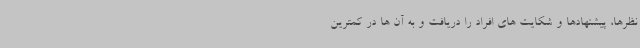
نظرها، پیشنهادها و شکایت های افراد را دریافت و به آن ها در کمترین